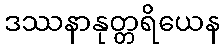
ဒဿနာနုတ္တရိယေန